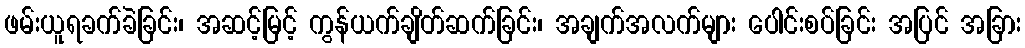
ဖမ်းယူရခက်ခဲခြင်း၊ အဆင့်မြင့် ကွန်ယက်ချိတ်ဆက်ခြင်း၊ အချက်အလက်များ ပေါင်းစပ်ခြင်း အပြင် အခြား